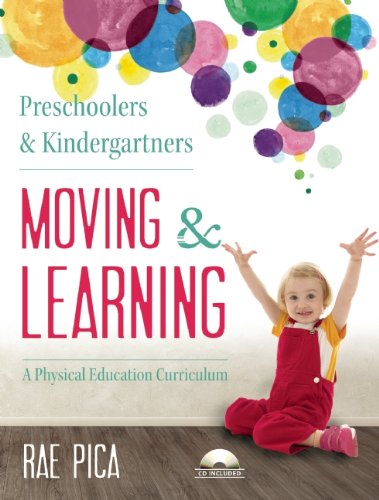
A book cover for Preschoolers and Kindergartners Moving and Learning: A Physical Education Curriculum (Moving & Learning); Rae Pica; Health, Fitness & Dieting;